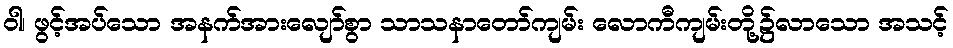
ဝါ၊ ဖွင့်အပ်သော အနက်အားလျော်စွာ သာသနာတော်ကျမ်း လောကီကျမ်းတို့၌လာသော အသင့်